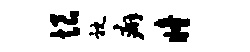
恨耽癖瞳